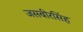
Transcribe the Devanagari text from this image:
जसबीरसिंह